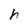
Character: h